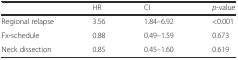
<table><thead><tr><td></td><td><b>HR</b></td><td><b>CI</b></td><td><b><i>p</i>-value</b></td></tr></thead><tbody><tr><td>Regional relapse</td><td>3.56</td><td>1.84–6.92</td><td>&lt;0.001</td></tr><tr><td>Fx-schedule</td><td>0.88</td><td>0.49–1.59</td><td>0.673</td></tr><tr><td>Neck dissection</td><td>0.85</td><td>0.45–1.60</td><td>0.619</td></tr></tbody></table>